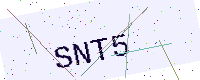
Text: SNT5